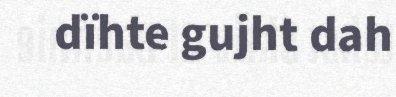
dïhte gujht dah